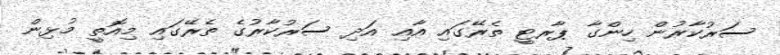
ސަރުކާރުން ހިންގާ ޕާރޓީ ތެރޭގައި އާއި އަދި ސަރުކާރުގެ ތެރޭގައި މިއޮތީ މުޅިން